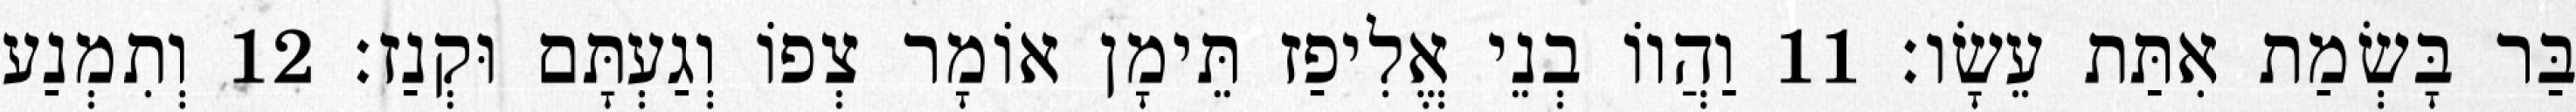
בַּר בָּשְׂמַת אִתַּת עֵשָׂו׃ 11 וַהֲווֹ בְנֵי אֱלִיפַז תֵּימָן אוֹמָר צְפוֹ וְגַעְתָּם וּקְנַז׃ 12 וְתִמְנַע